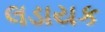
લડાયક